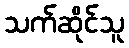
သက်ဆိုင်သူ